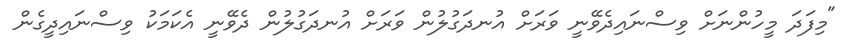
"މިފަދަ މީހުންނަށް ވިސްނައިދެވޭނީ ވަރަށް އުނދަގުލުން ވަރަށް އުނދަގުލުން ދެވޭނީ އެކަމަކު ވިސްނައިދީގެން